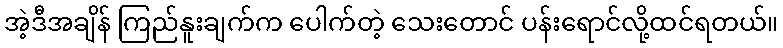
အဲ့ဒီအချိန် ကြည်နူးချက်က ပေါက်တဲ့ သေးတောင် ပန်းရောင်လို့ထင်ရတယ်။